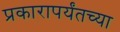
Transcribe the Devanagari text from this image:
प्रकारापर्यंतच्या